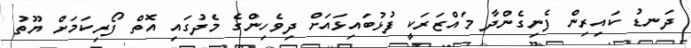
ދަނޑު ކައިރިން ފެނިގެންދާ މައްޒަރަކީ ފުޅުބައިޅައަށް ދިވެހިންގެ މެދުގައި އޮތް ފޯރިކަމަށް ޔޫތު